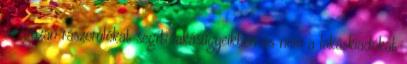
az igazán rászorulókat segíti lakásügyeikben és nem a lakáskiadókat